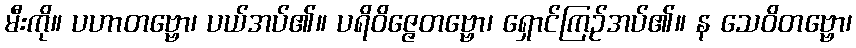
မီးကို။ ပဟာတဗ္ဗော၊ ပယ်အပ်၏။ ပရိဝိဇ္ဇေတဗ္ဗော၊ ရှောင်ကြဉ်အပ်၏။ န သေဝိတဗ္ဗော၊